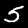
Digit: 5